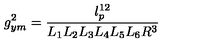
g _ { y m } ^ { 2 } = \frac { l _ { p } ^ { 1 2 } } { L _ { 1 } L _ { 2 } L _ { 3 } L _ { 4 } L _ { 5 } L _ { 6 } R ^ { 3 } }